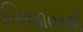
બિજાવરથી